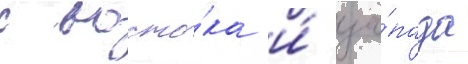
с восто́ка и́ за́пада